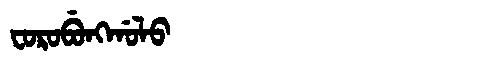
Manchu: ᠸᠣᡵᠣᠪᡠᠩᡤᠣᠯᠣ
Romanization: FOROBUNGGOLO